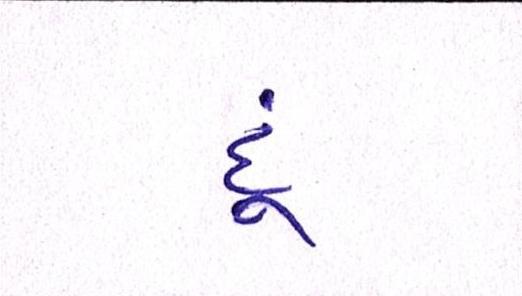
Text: દૂં